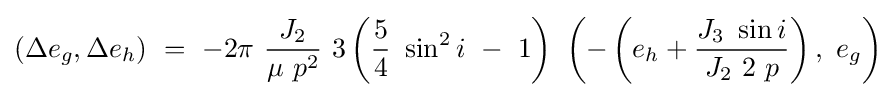
\left(\Delta e_{g},\Delta e_{h}\right)\ =\ -2\pi \ {\frac {J_{2}}{\mu \ p^{2}}}\ 3\left({\frac {5}{4}}\ \sin ^{2}i\ -\ 1\right)\ \left(-\left(e_{h}+{\frac {J_{3}\ \sin i}{J_{2}\ 2\ p}}\right),\ e_{g}\right)